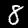
Digit: 8